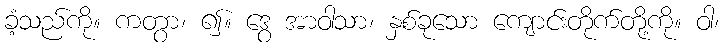
ခံ့သည်ကို။ ကတွာ၊ ၍။ ဒွေ အာဝါသာ၊ နှစ်ခုသော ကျောင်းတိုက်တို့ကို။ ဝါ၊